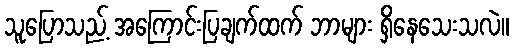
သူပြောသည့် အကြောင်းပြချက်ထက် ဘာများ ရှိနေသေးသလဲ။